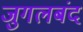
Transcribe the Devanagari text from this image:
जुगलबंद